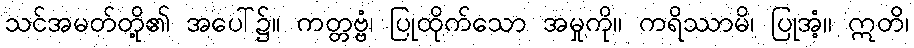
သင်အမတ်တို့၏ အပေါ်၌။ ကတ္တဗ္ဗံ၊ ပြုထိုက်သော အမှုကို။ ကရိဿာမိ၊ ပြုအံ့။ ဣတိ၊